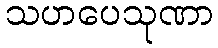
သဟပေသုဏာ